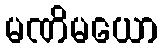
မဏိမယော